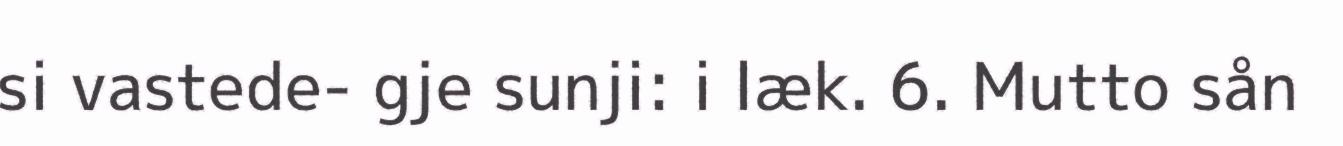
si vastede- gje sunji: i læk. 6. Mutto sån